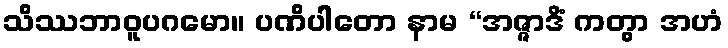
သိဿဘာဝူပဂမော။ ပဏိပါတော နာမ “အဇ္ဇာဒိံ ကတွာ အဟံ